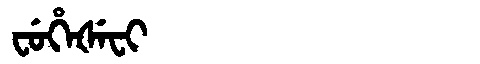
Manchu: ᠸᡠᡥᡝᡧᡝᠸᡳ
Romanization: FUHEŠEFI